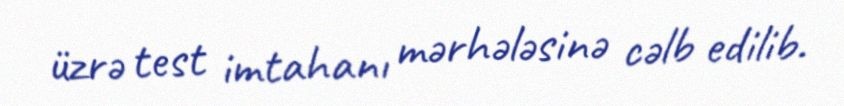
üzrə test imtahanı mərhələsinə cəlb edilib.